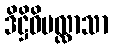
ဒိဋ္ဌိဝိပလ္လာသာ